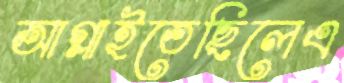
আগ্‌লাইতেছিলেএ